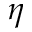
\eta